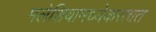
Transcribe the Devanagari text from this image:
मलेशियामध्येकरतात